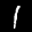
Label: 1